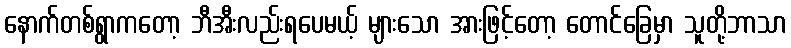
နောက်တစ်ရွာကတော့ ဘီအီးလည်းရပေမယ့် များသော အားဖြင့်တော့ တောင်ခြေမှာ သူတို့ဘာသာ